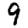
Digit: 9